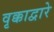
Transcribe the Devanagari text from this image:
वृक्काद्वारे